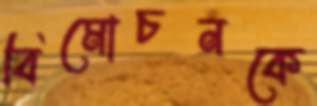
বিমোচনকে